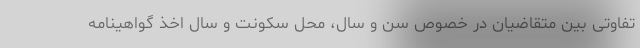
تفاوتی بین متقاضیان در خصوص سن و سال، محل سکونت و سال اخذ گواهینامه